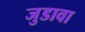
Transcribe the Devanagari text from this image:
जुडावा